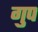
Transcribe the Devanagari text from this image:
गुप